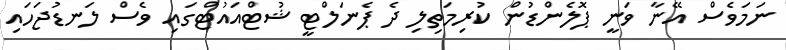
ނަމަވެސް އޭނާ ވަނީ ޕޮލެންޑުން ކުރިމަތިލި ދެ ޕެނަލްޓީ ޝުޓްއައުޓްގައި ވެސް ލަނޑުޖަހައި